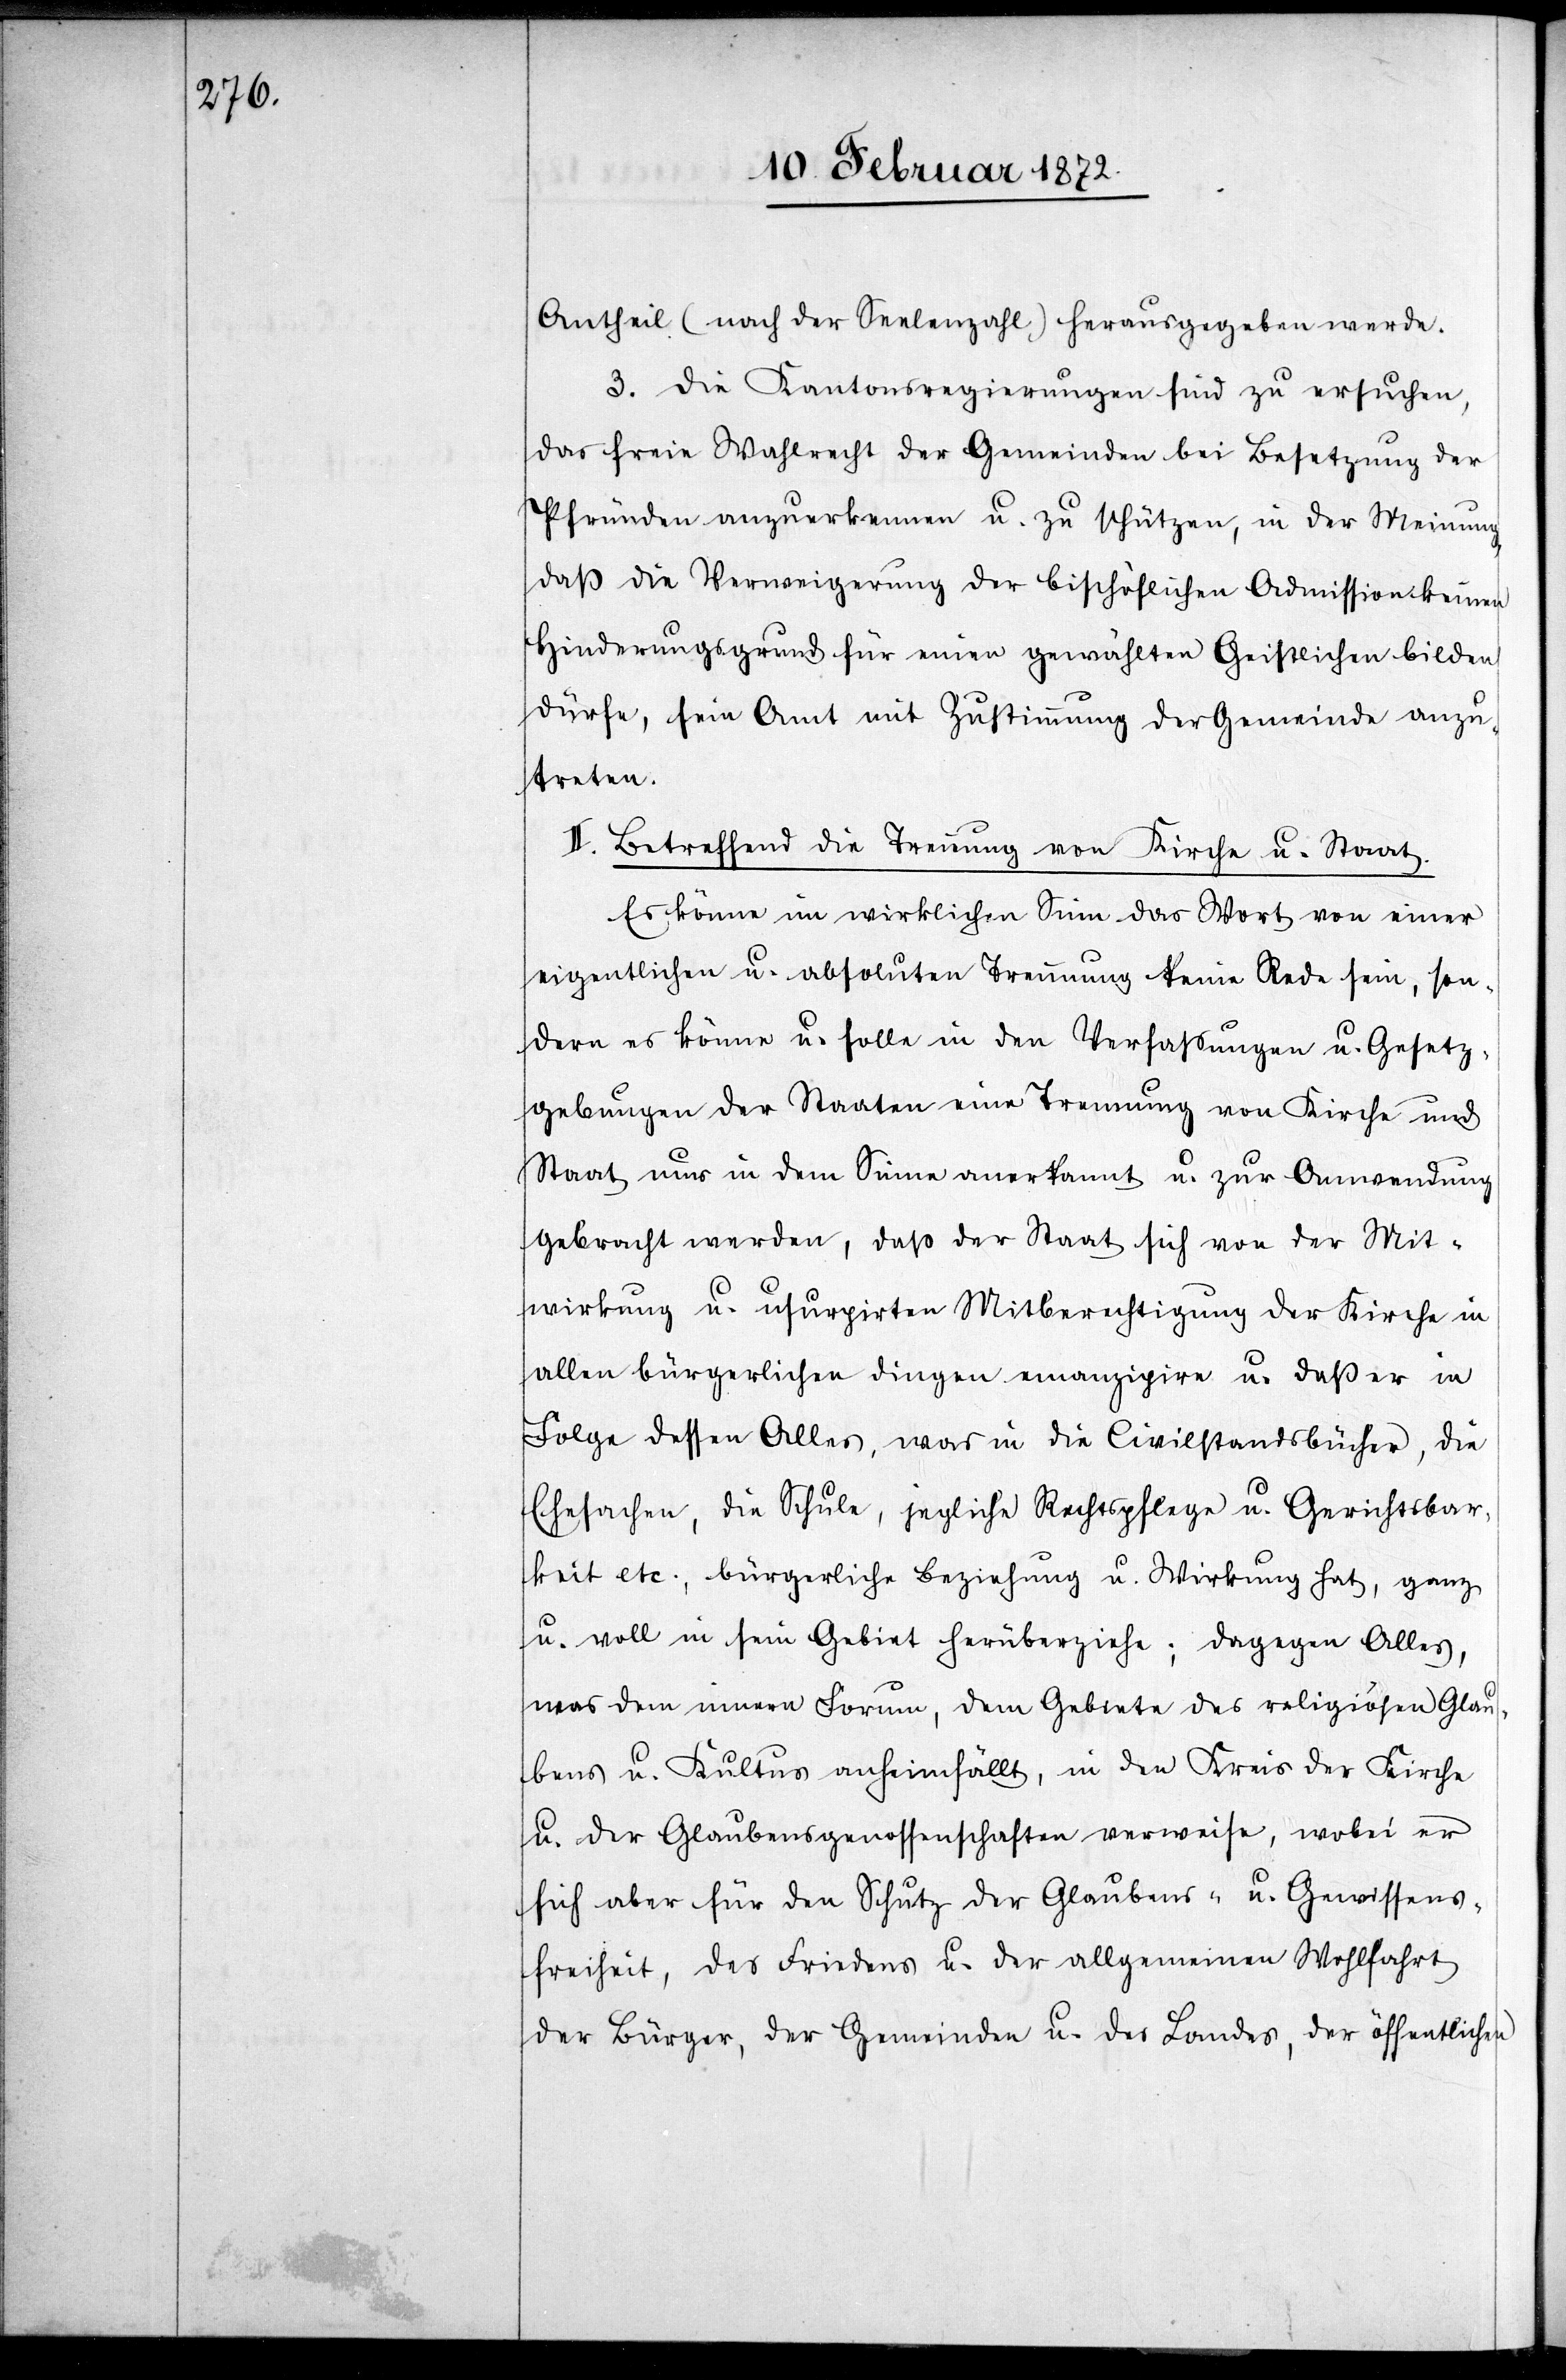
Antheil (nach der Seelenzahl) herausgegeben werde.
3. Die Kantonsregierungen sind zu ersuchen,
das freie Wahlrecht der Gemeinden bei Besetzung der
Pfründen anzuerkennen u. zu schützen, in der Meinung,
daß die Verweigerung der bischöflichen Admission keinen
Hinderungsgrund für einen gewählten Geistlichen bilden
dürfe, sein Amt mit Zustimmung der Gemeinde anzu¬
treten.
II. Betreffend die Trennung von Kirche u. Staat.
Es könne im wirklichen Sinn das Wort von einer
eigentlichen u. absoluten Trennung keine Rede sein son¬
dern es könne u. solle in den Verfassungen u. Gesetz¬
gebungen der Staaten eine Trennung von Kirche und
Staat nur in dem Sinne anerkannt u. zur Anwendung
gebracht werden, daß der Staat sich von der Mit¬
wirkung u. usurpirten Mitberechtigung der Kirche in
allen bürgerlichen Dingen emanzipire u. daß er in
Folge dessen Alles, was in die Civilstandsbücher, die
Ehesachen, die Schule, jegliche Rechtspflege u. Gerichtsbar¬
keit etc., bürgerliche Beziehung u Wirkung hat, ganz
u. voll in sein Gebiet herüberziehe; dagegen Alles,
was dem innern Forum, dem Gebiete des religiösen Glau¬
bens u. Kultus anheimfällt, in den Kreis der Kirche
u. der Glaubensgenossenschaften verweise, wobei er
sich aber für den Schutz der Glaubens- u. Gewissens¬
freiheit, des Friedens u. der allgemeinen Wohlfahrt
der Bürger, der Gemeinden u. des Landes, der öffentlichen